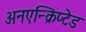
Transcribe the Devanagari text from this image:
अनएन्क्रिप्टेड